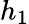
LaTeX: h_{1}